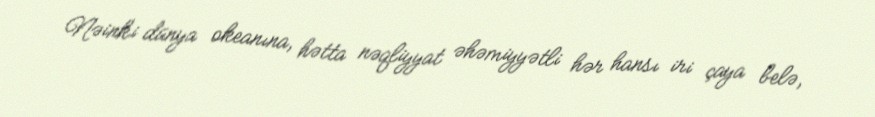
Nəinki dünya okeanına, hətta nəqliyyat əhəmiyyətli hər hansı iri çaya belə,